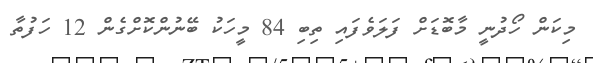
މިކަން ހޯދުނީ މާބޮޑަށް ފަލަވެފައި ތިބި 84 މީހަކު ބޭނުންކޮށްގެން 12 ހަފުތާ